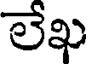
లేఖ